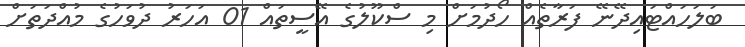
ބަލަހައްޓައިދޭނޭ ފަރާތެއް ހޯދުމަށް މި ސްކޫލުގެ އޭސީތައް 01 އަހަރު ދުވަހުގެ މުއްދަތަށް